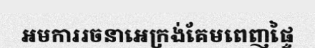
អមការរចនាអេក្រង់គែមពេញផ្ទៃ